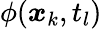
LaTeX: \phi(\boldsymbol{x}_{k},t_{l})